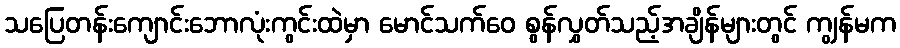
သပြေတန်းကျောင်းဘောလုံးကွင်းထဲမှာ မောင်သက်ဝေ စွန်လွှတ်သည့်အချိန်များတွင် ကျွန်မက